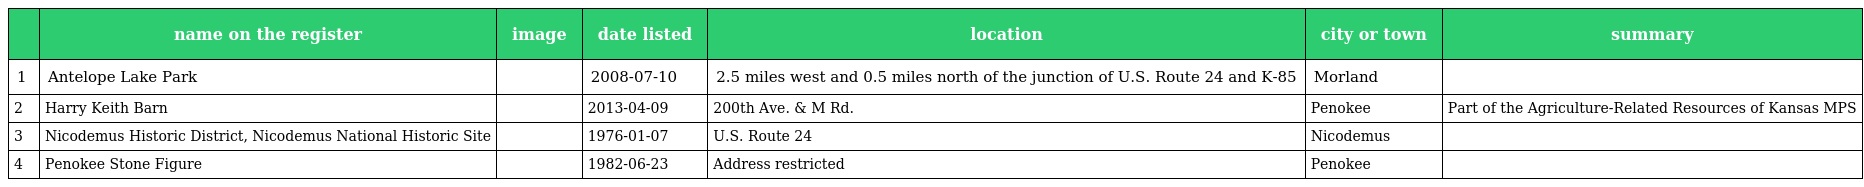
|  | name on the register | image | date listed | location | city or town | summary |
 | --- | --- | --- | --- | --- | --- | --- |
 | 1 | Antelope Lake Park |  | 2008-07-10 | 2.5 miles west and 0.5 miles north of the junction of U.S. Route 24 and K-85 | Morland |  |
 | 2 | Harry Keith Barn |  | 2013-04-09 | 200th Ave. & M Rd. | Penokee | Part of the Agriculture-Related Resources of Kansas MPS |
 | 3 | Nicodemus Historic District, Nicodemus National Historic Site |  | 1976-01-07 | U.S. Route 24 | Nicodemus |  |
 | 4 | Penokee Stone Figure |  | 1982-06-23 | Address restricted | Penokee |  |